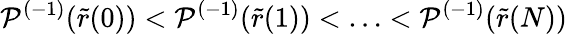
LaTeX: \mathcal{P}^{(-1)}(\tilde{r}(0))<\mathcal{P}^{(-1)}(\tilde{r}(1))<\ldots<\mathcal{P}^{(-1)}(\tilde{r}(N))